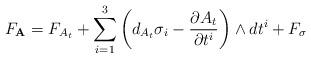
LaTeX: \begin{gather*}F_\mathbf{A} = F_{A_t} +\sum\limits_{i=1}^3 \left(d_{A_t}\sigma_i-\frac{\partial A_t}{\partial t^i} \right) \wedge dt^i+F_\sigma\end{gather*}